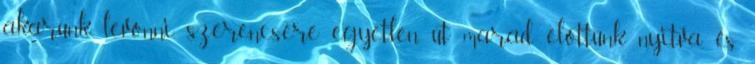
akarunk levonni, szerencsére egyetlen út marad előttünk nyitva, és